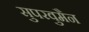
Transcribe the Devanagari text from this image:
सुपरवुमैन